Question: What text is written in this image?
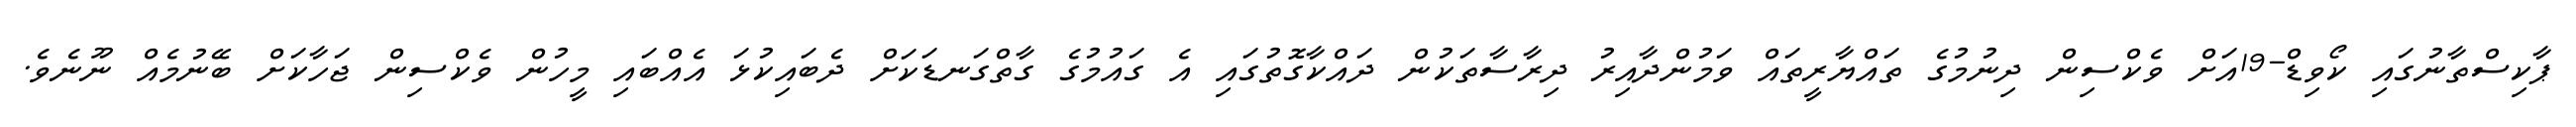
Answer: ޕާކިސްތާނުގައި ކޯވިޑް-19އަށް ވެކްސިން ދިނުމުގެ ތައްޔާރީތައް ވަމުންދާއިރު ދިރާސާތަކުން ދައްކާގޮތުގައި އެ ގައުމުގެ ގާތްގަނޑަކަށް ދެބައިކުޅަ އެއްބައި މީހުން ވެކްސިން ޖަހާކަށް ބޭނުމެއް ނޫނެވެ.